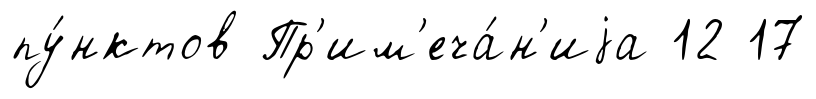
пу́нктов Пр'им'еча́н'иjа 12 17